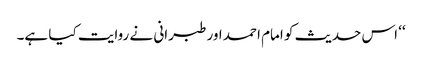
‘‘ اس حدیث کو امام احمد اور طبرانی نے روایت کیا ہے۔